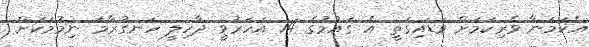
އެކަމަނާ ވެރިކަމަށް ވަޑައިގަތީ އެ ގައުމުގެ 14 އަހަރުވީ ދާހިލީ ހަނގުރާމަ ނިމުމަކަށް